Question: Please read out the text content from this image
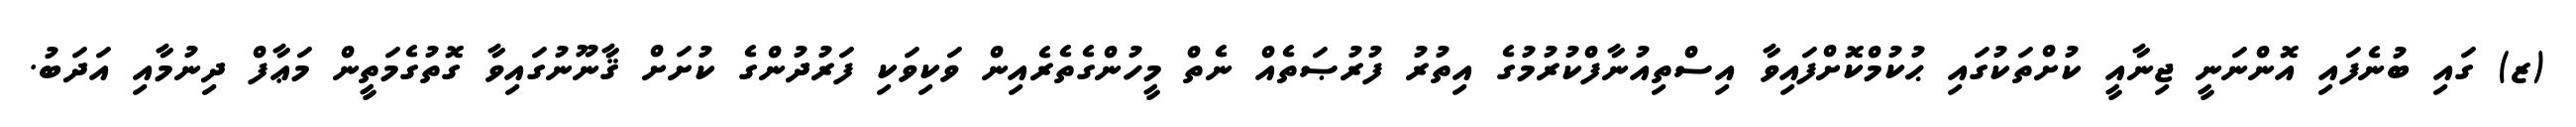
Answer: (ޒ) ގައި ބުނެފައި އޮންނަނީ ޖިނާއީ ކުށްތަކުގައި ޙުކުމްކޮށްފައިވާ އިސްތިއުނާފްކުރުމުގެ އިތުރު ފުރުޞަތެއް ނެތް މީހުންގެތެރެއިން ވަކިވަކި ފަރުދުންގެ ކުށަށް ޤާނޫނުގައިވާ ގޮތުގެމަތީން މަޢާފް ދިނުމާއި އަދަބު.